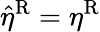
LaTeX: \hat{\eta}^{\mathrm{R}}=\eta^{\mathrm{R}}